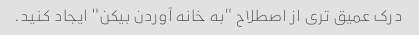
درک عمیق تری از اصطلاح "به خانه آوردن بیکن" ایجاد کنید.